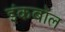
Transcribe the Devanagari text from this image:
इंकबॉल